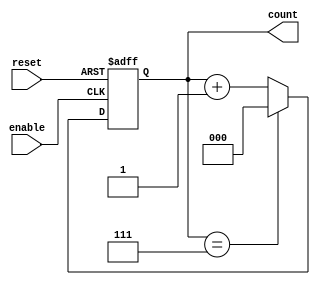
module mod_n_counter (
    input wire reset,          // Asynchronous reset
    input wire enable,        // Enable signal to allow counting
    output reg [2:0] count    // 3-bit output for Mod-8 counter
);

    // Asynchronous reset and counting logic
    always @(posedge enable or posedge reset) begin
        if (reset) begin
            count <= 3'b000; // Reset the counter to 0
        end else begin
            if (count == 3'b111) begin
                count <= 3'b000; // Wrap around to 0 when reaching N
            end else begin
                count <= count + 1; // Increment the counter
            end
        end
    end

endmodule